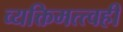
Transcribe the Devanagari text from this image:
व्यक्तिमत्त्वही